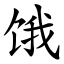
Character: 饿